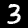
Label: 3